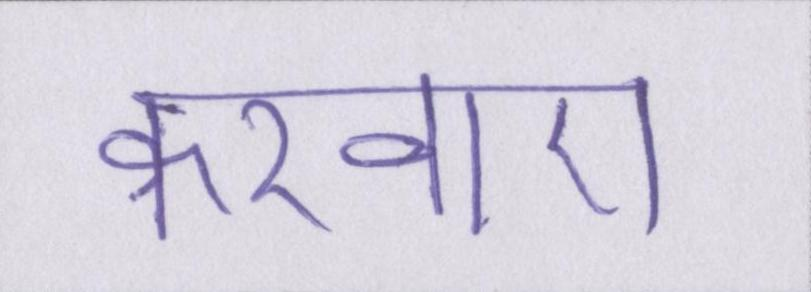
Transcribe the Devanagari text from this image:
करवाए